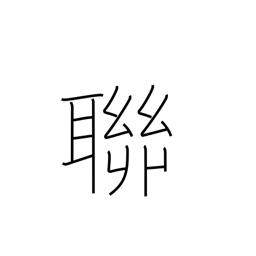
Meaning: gang